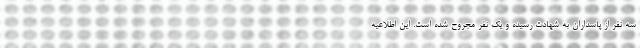
سه نفر از پاسداران به شهادت رسیده و یک نفر مجروح شده است. این اطلاعیه